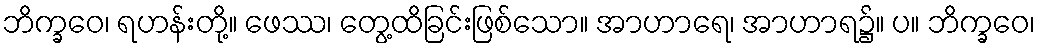
ဘိက္ခဝေ၊ ရဟန်းတို့။ ဖေဿ၊ တွေ့ထိခြင်းဖြစ်သော။ အာဟာရေ၊ အာဟာရ၌။ ပ။ ဘိက္ခဝေ၊